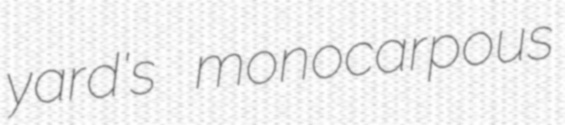
yard's monocarpous